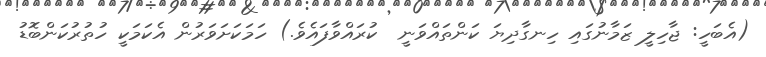
(އެބަހީ: ޖާހިލީ ޒަމާނުގައި ހިނގާދިޔަ ކަންތައްވަނީ  ކުރައްވާފައެވެ.) ހަމަކަށަވަރުން އެކަމަކީ ހުތުރުކަންބޮޑު